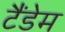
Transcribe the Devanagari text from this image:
टैंडेम